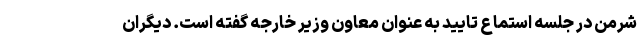
شرمن در جلسه استماع تایید به عنوان معاون وزیر خارجه گفته است. دیگران